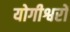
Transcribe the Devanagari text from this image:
योगीश्वरों